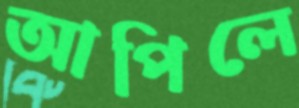
আপিলে